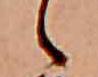
ゝ